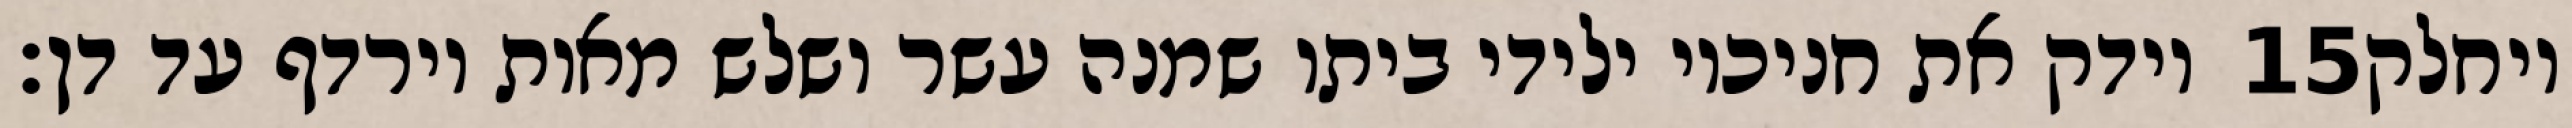
וידק את חניכיו ילידי ביתו שמנה עשר ושלש מאות וירדף עד דן׃ ‎15‏ ויחלק